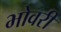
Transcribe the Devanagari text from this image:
भोवरी